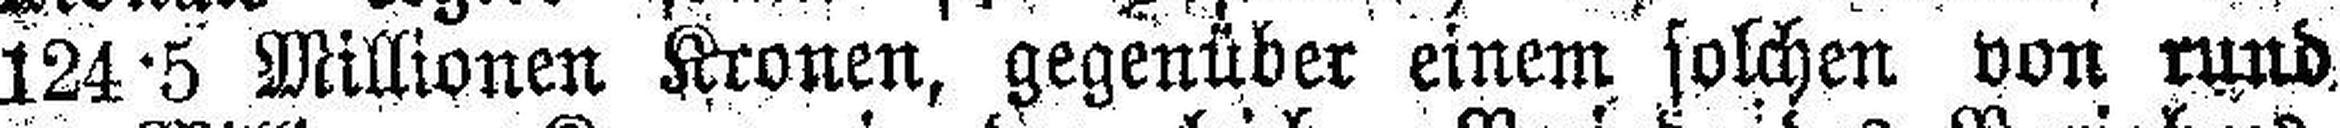
124·5 Millionen Kronen, gegenüber einem, solchen von rund